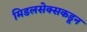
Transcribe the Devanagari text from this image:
मिडलसेक्सकडून